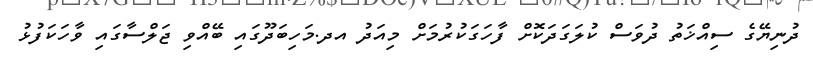
ދުނިޔޭގެ ސިއްޚަތު ދުވަސް ކުލަގަދަކޮށް ފާހަގަކުރުމަށް މިއަދު އދ.މަހިބަދޫގައި ބޭއްވި ޖަލްސާގައި ވާހަކަފުޅު